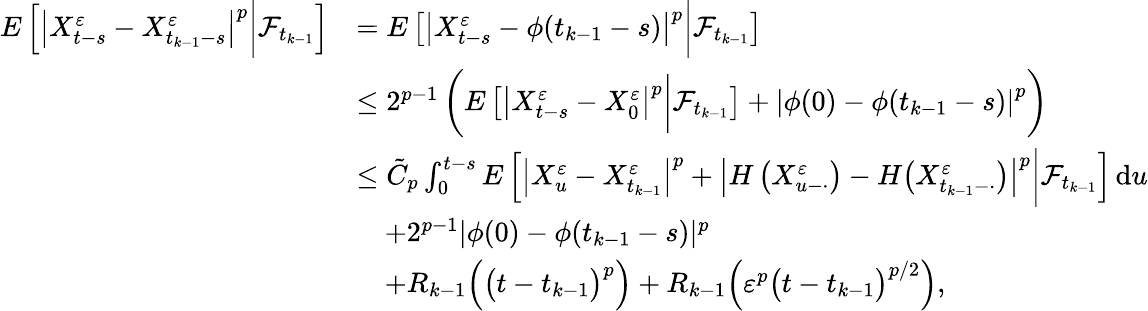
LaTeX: \begin{array}{rl}{E\left[\left|X_{t-s}^{\varepsilon}-X_{t_{k-1}-s}^{\varepsilon}\right|^{p}\bigg|\mathcal{F}_{t_{k-1}}\right]}&{=E\left[\left|X_{t-s}^{\varepsilon}-\phi(t_{k-1}-s)\right|^{p}\bigg|\mathcal{F}_{t_{k-1}}\right]}\\ &{\leq 2^{p-1}\left(E\left[\left|X_{t-s}^{\varepsilon}-X_{0}^{\varepsilon}\right|^{p}\bigg|\mathcal{F}_{t_{k-1}}\right]+\left|\phi(0)-\phi(t_{k-1}-s)\right|^{p}\right)}\\ &{\leq\tilde{C}_{p}\int_{0}^{t-s}E\left[\left|X_{u}^{\varepsilon}-X_{t_{k-1}}^{\varepsilon}\right|^{p}+\left|H\left(X_{u-\cdot}^{\varepsilon}\right)-H\big(X_{t_{k-1}-\cdot}^{\varepsilon}\big)\right|^{p}\bigg|\mathcal{F}_{t_{k-1}}\right]\, \mathrm{d}u}\\ &{\quad+2^{p-1}|\phi(0)-\phi(t_{k-1}-s)|^{p}}\\ &{\quad+R_{k-1}\Big(\big(t-t_{k-1}\big)^{p}\Big)+R_{k-1}\Big(\varepsilon^{p}\big(t-t_{k-1}\big)^{p/2}\Big),}\end{array}